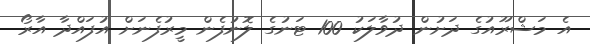
އެ މަޝްރޫއުގެ ދަށުން ދުވާލަކު 100 ޓަނުގެ ލޮނުފެން މީރުފެނަށް އުފައްދާ އާރޯ